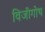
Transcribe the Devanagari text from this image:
विजीगोथ